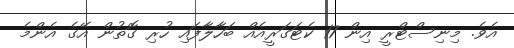
އެވެ. މިނިސްޓްރީ އިން 17 ކެޓަގަރީއެއް ބަހާލާފައި ހުރި ގޮތުން އޭގެ އެންމެ